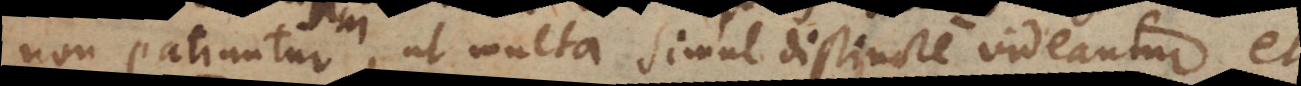
non patiuntur, ut multa simul distincte videantur, et